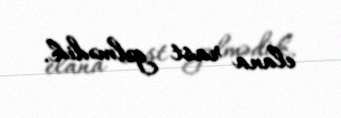
elana rast gəlmədik.